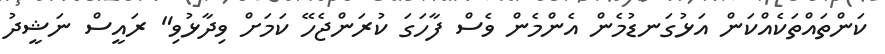
ކަންތައްތަކެއްކަން އަޅުގަނޑުމެން އެންމެން ވެސް ފާހަގަ ކުރަންޖެހޭ ކަމަށް ވިދާޅުވި" ރައީސް ނަޝީދު